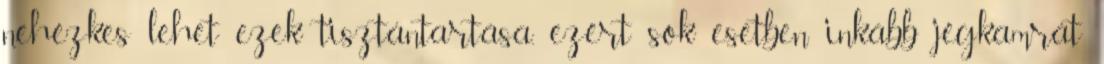
nehézkes lehet ezek tisztántartása, ezért sok esetben inkább jégkamrát